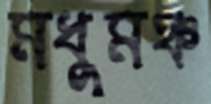
মধুমঞ্চ